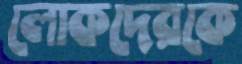
লোকদেরকে